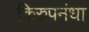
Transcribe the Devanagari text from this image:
किरुपनंधा